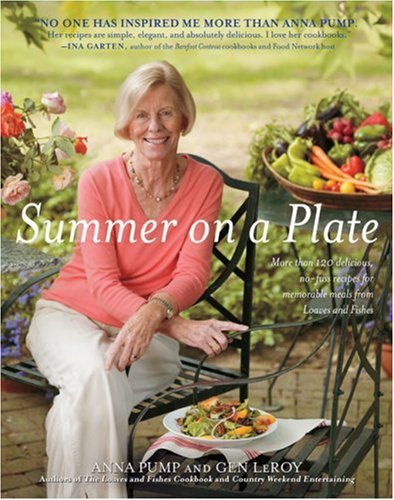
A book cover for Summer on a Plate: More than 120 delicious, no-fuss recipes for memorable meals from Loaves and Fishes; Anna Pump; Cookbooks, Food & Wine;